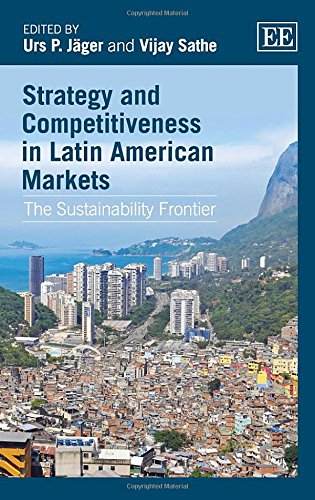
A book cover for Strategy and Competitiveness in Latin American Markets: The Sustainability Frontier; Urs P. Jager; Business & Money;